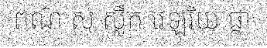
ពណ៌ ស ស្លឹក វេឡុរិយ ផ្កា